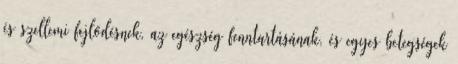
és szellemi fejlődésnek, az egészség fenntartásának, és egyes betegségek